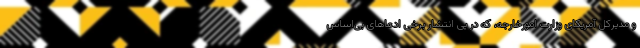
و مدیرکل آمریکای وزارت امورخارجه، که در پی انتشار برخی ادعاهای بی‌اساس